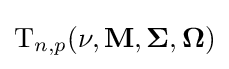
{\rm {T}}_{n,p}(\nu ,\mathbf {M} ,{\boldsymbol {\Sigma }},{\boldsymbol {\Omega }})